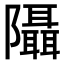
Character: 𨽦